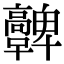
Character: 𩫪